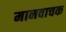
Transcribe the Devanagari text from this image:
मानवाचक